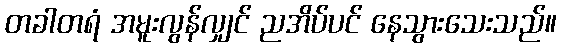
တခါတရံ အမူးလွန်လျှင် ညအိပ်ပင် နေသွားသေးသည်။